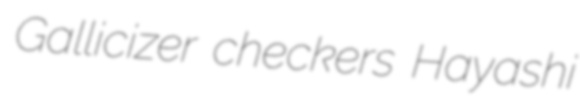
Gallicizer checkers Hayashi